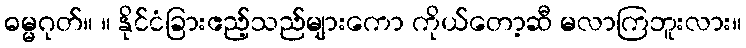
ဓမ္မဂုတ်။ ။ နိုင်ငံခြားဧည့်သည်များကော ကိုယ်တော့ဆီ မလာကြဘူးလား။